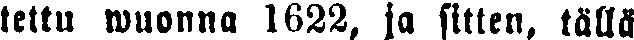
tettu wuonna 1622, ja sitten, tällä